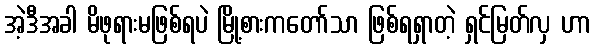
အဲ့ဒီအခါ မိဖုရားမဖြစ်ရပဲ မြို့စားကတော်သာ ဖြစ်ရရှာတဲ့ ရှင်မြတ်လှ ဟာ